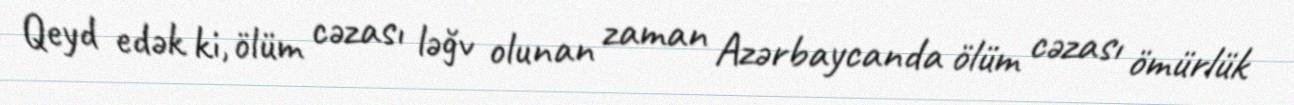
Qeyd edək ki, ölüm cəzası ləğv olunan zaman Azərbaycanda ölüm cəzası ömürlük